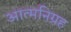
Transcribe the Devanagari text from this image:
आत्मनिग्रह